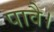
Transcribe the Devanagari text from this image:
पावै।